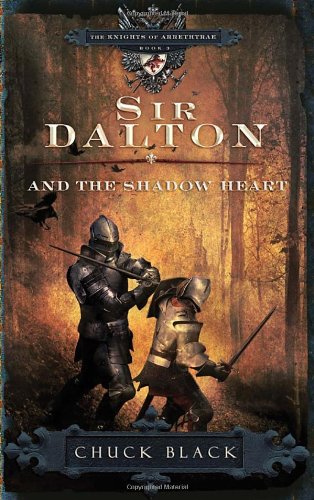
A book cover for Sir Dalton and the Shadow Heart (The Knights of Arrethtrae); Chuck Black; Children's Books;